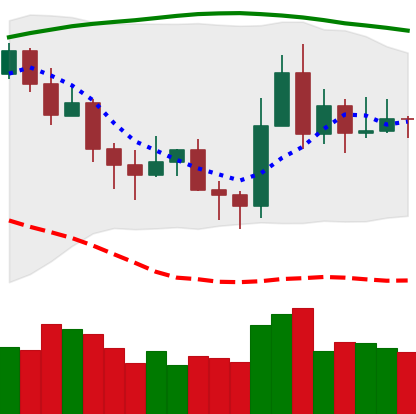
Ticker: XLM-USD
Chart end date: 2020-11-12
Forward return: 6.705%
Label: up_5_7